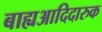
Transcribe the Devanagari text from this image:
बाह्यआदिदारुक